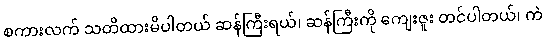
စကားလက် သတိထားမိပါတယ် ဆန်ကြီးရယ်၊ ဆန်ကြီးကို ကျေးဇူး တင်ပါတယ်၊ ကဲ